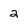
Character: 2